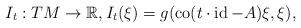
LaTeX: \begin{align*} I_t:TM\to \mathbb{R}, I_t(\xi)= g(\operatorname{co}(t\cdot \operatorname{id}-A) \xi, \xi), \end{align*}